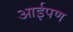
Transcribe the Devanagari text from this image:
आईपण